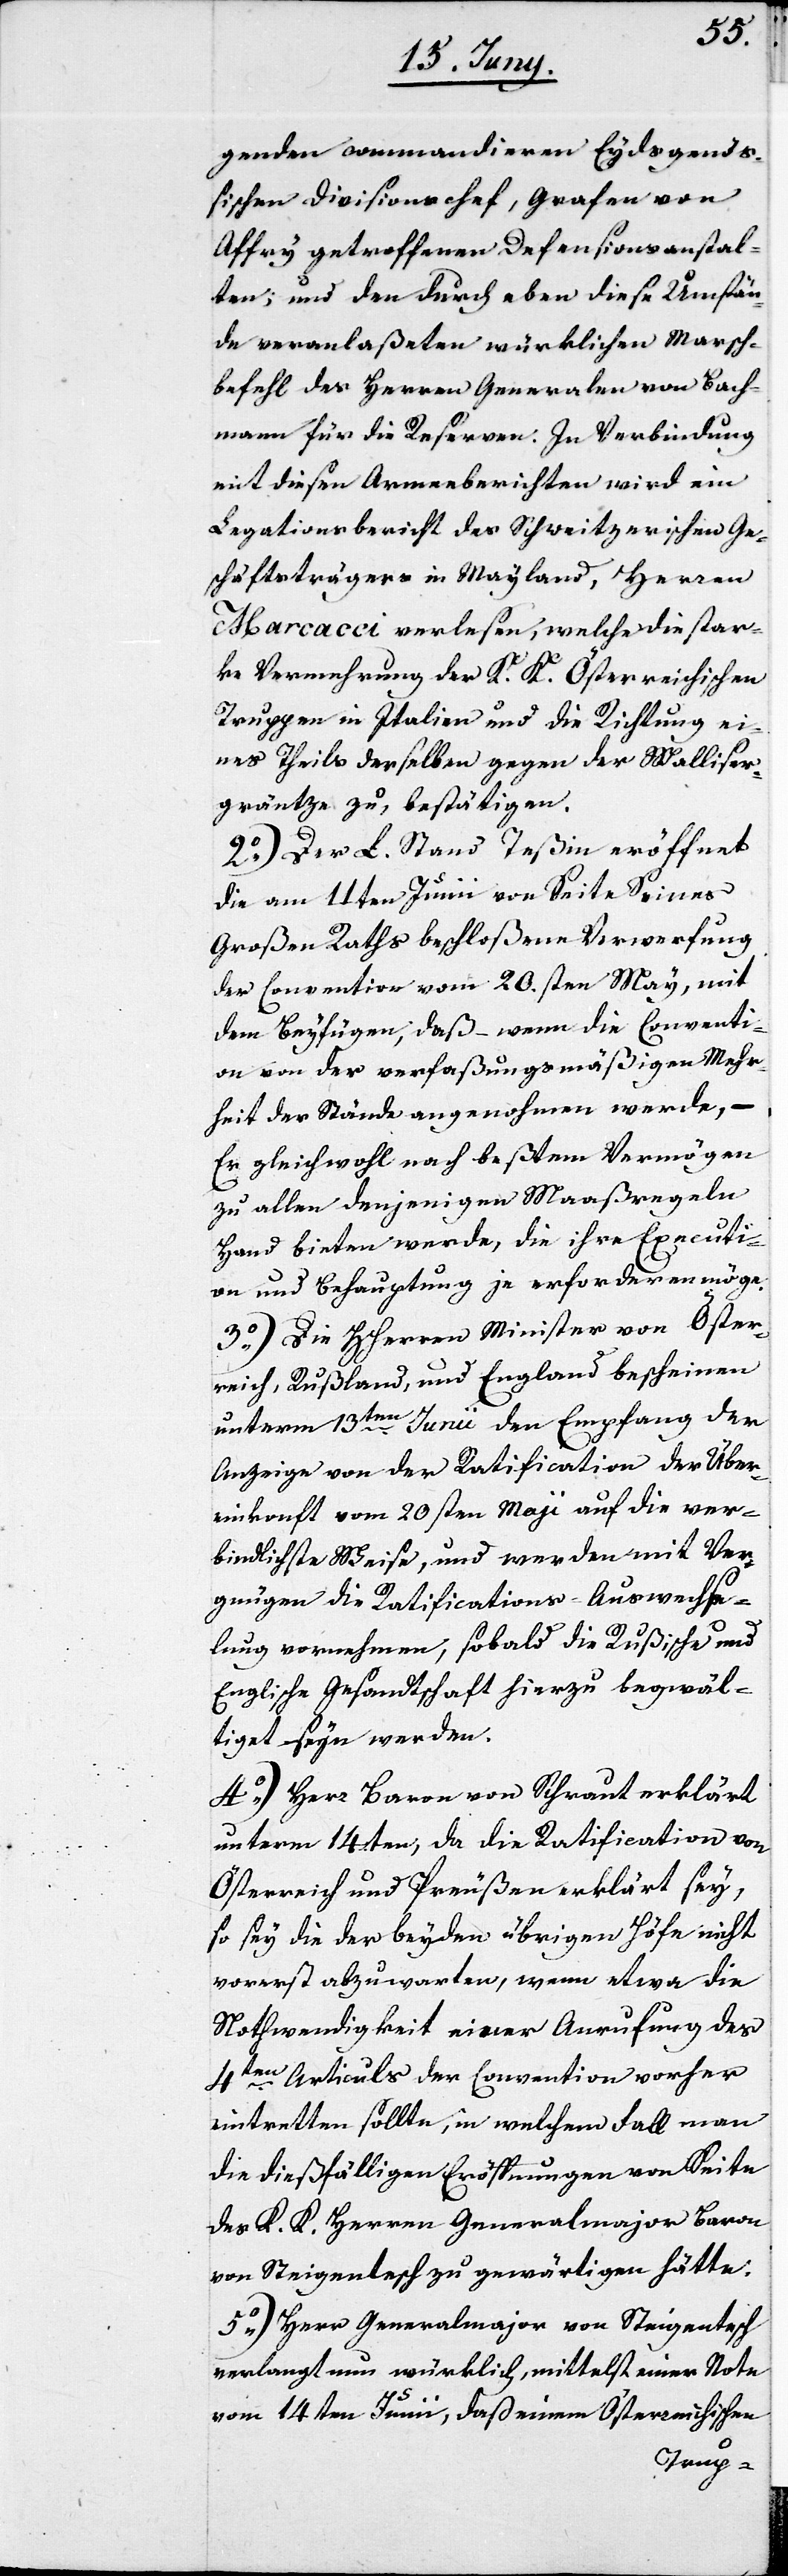
genden commandieren Eydsgenöß¬
ischen Divisionschef, Grafen von
Affry getroffenen Defensionsanstal¬
ten; und den durch eben diese Umstän¬
de veranlaßten würklichen Marsch¬
befehl des Herren Generalen von Bach¬
mann für die Reserven. In Verbindung
mit diesen Armeeberichten wird ein
Legationsbericht des Schweitzerischen Ge¬
schäftsträgers in Mayland, Herren
Marcacci verlesen, welche die star¬
ke Vermehrung der K. K. Österreichischen
Truppen in Italien und die Richtung ei¬
nes Theils derselben gegen der Walliser¬
gräntze zu, bestätigen.
2o) Der L. Stand Teßin eröffnet
die am 11ten Junii von Seite Seines
Großen Raths beschloßene Verwerfung
der Convention vom 20.sten May, mit
dem Beyfügen, daß – wenn die Conventi¬
on von der verfaßungsmäßigen Mehr¬
heit der Stände angenohmen werde, –
Er gleichwohl nach beßtem Vermögen
zu allen denjenigen Maaßregeln
Hand bieten werde, die ihre Executi¬
on und Behauptung je erforderen möge.
3o) Die Herren Minister von Öster¬
reich, Rußland, und England bescheinen
unterm 13ten Junii den Empfang der
Anzeige von der Ratification der Über¬
einkunft vom 20sten Maji auf die ver¬
bindlichste Weise, und werden mit Ver¬
gnügen die Ratifications-Auswechse¬
lung vornehmen, sobald die Rußische und
Englische Gesandtschaft hierzu begwäl¬
tiget seyn werden.
4o) Herr Baron von Schraut erklärt
unterm 14ten, da die Ratification von
Österreich und Preußen erklärt sey,
so sey die der beyden übrigen Höfe nicht
vorerst abzuwarten, wenn etwa die
Nothwendigkeit einer Anrufung des
4ten Articuls der Convention vorher
eintretten sollte, in welchem Fall man
die dießfälligen Eröffnungen von Seite
des K. K. Herren Generalmajor Baron
von Steigentesch zu gewärtigen hätte.
5o) Herr Generalmajor von Steigentesch
verlangt nun würklich, mittelst einer Note
vom 14ten Junii, daß einem Österreichischen